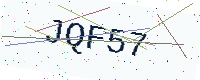
Text: JQF57